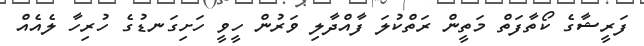
ފަރީޝާގެ ކޯތާފަތް މަތީން ރަތްކުލަ ފާއްދާލި ވަރުން ހީވީ ހަށިގަނޑުގެ ހުރިހާ ލެއެއް